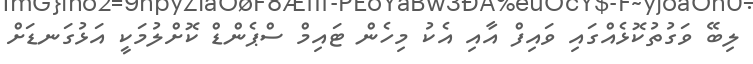
ލިބޭ ވަގުތުކޮޅެއްގައި ވައިފް އާއި އެކު މިހެން ޓައިމް ސްޕެންޑް ކޮށްލުމަކީ އަޅުގަނޑަށް